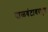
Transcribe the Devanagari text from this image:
वाळवंटावरपुत्र